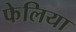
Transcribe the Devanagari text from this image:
फेलिया